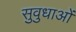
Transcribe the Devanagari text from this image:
सुवुधाओं